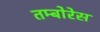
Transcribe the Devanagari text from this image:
तम्बोरेस